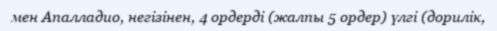
мен Апалладио, негізінен, 4 ордерді (жалпы 5 ордер) үлгі (дорилік,